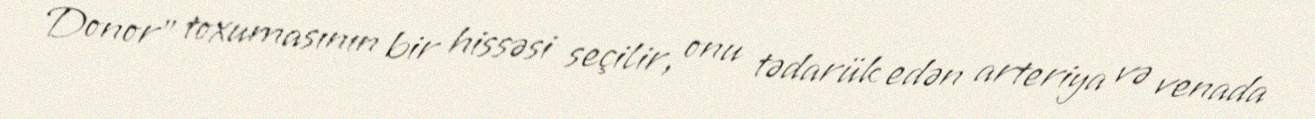
Donor" toxumasının bir hissəsi seçilir, onu tədarük edən arteriya və venada